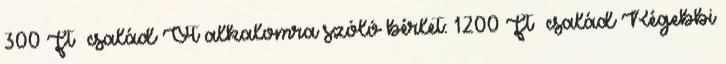
300 Ft család Öt alkalomra szóló bérlet: 1200 Ft család Régebbi